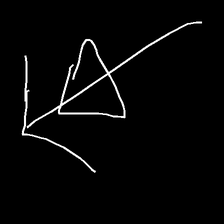
Glyph: pull